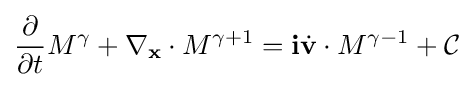
{\frac {\partial }{\partial t}}M^{\gamma }+\nabla _{\mathbf {x} }\cdot M^{\gamma +1}=\mathbf {i} {\dot {\mathbf {v} }}\cdot M^{\gamma -1}+{\mathcal {C}}